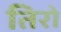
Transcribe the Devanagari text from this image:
तिरो